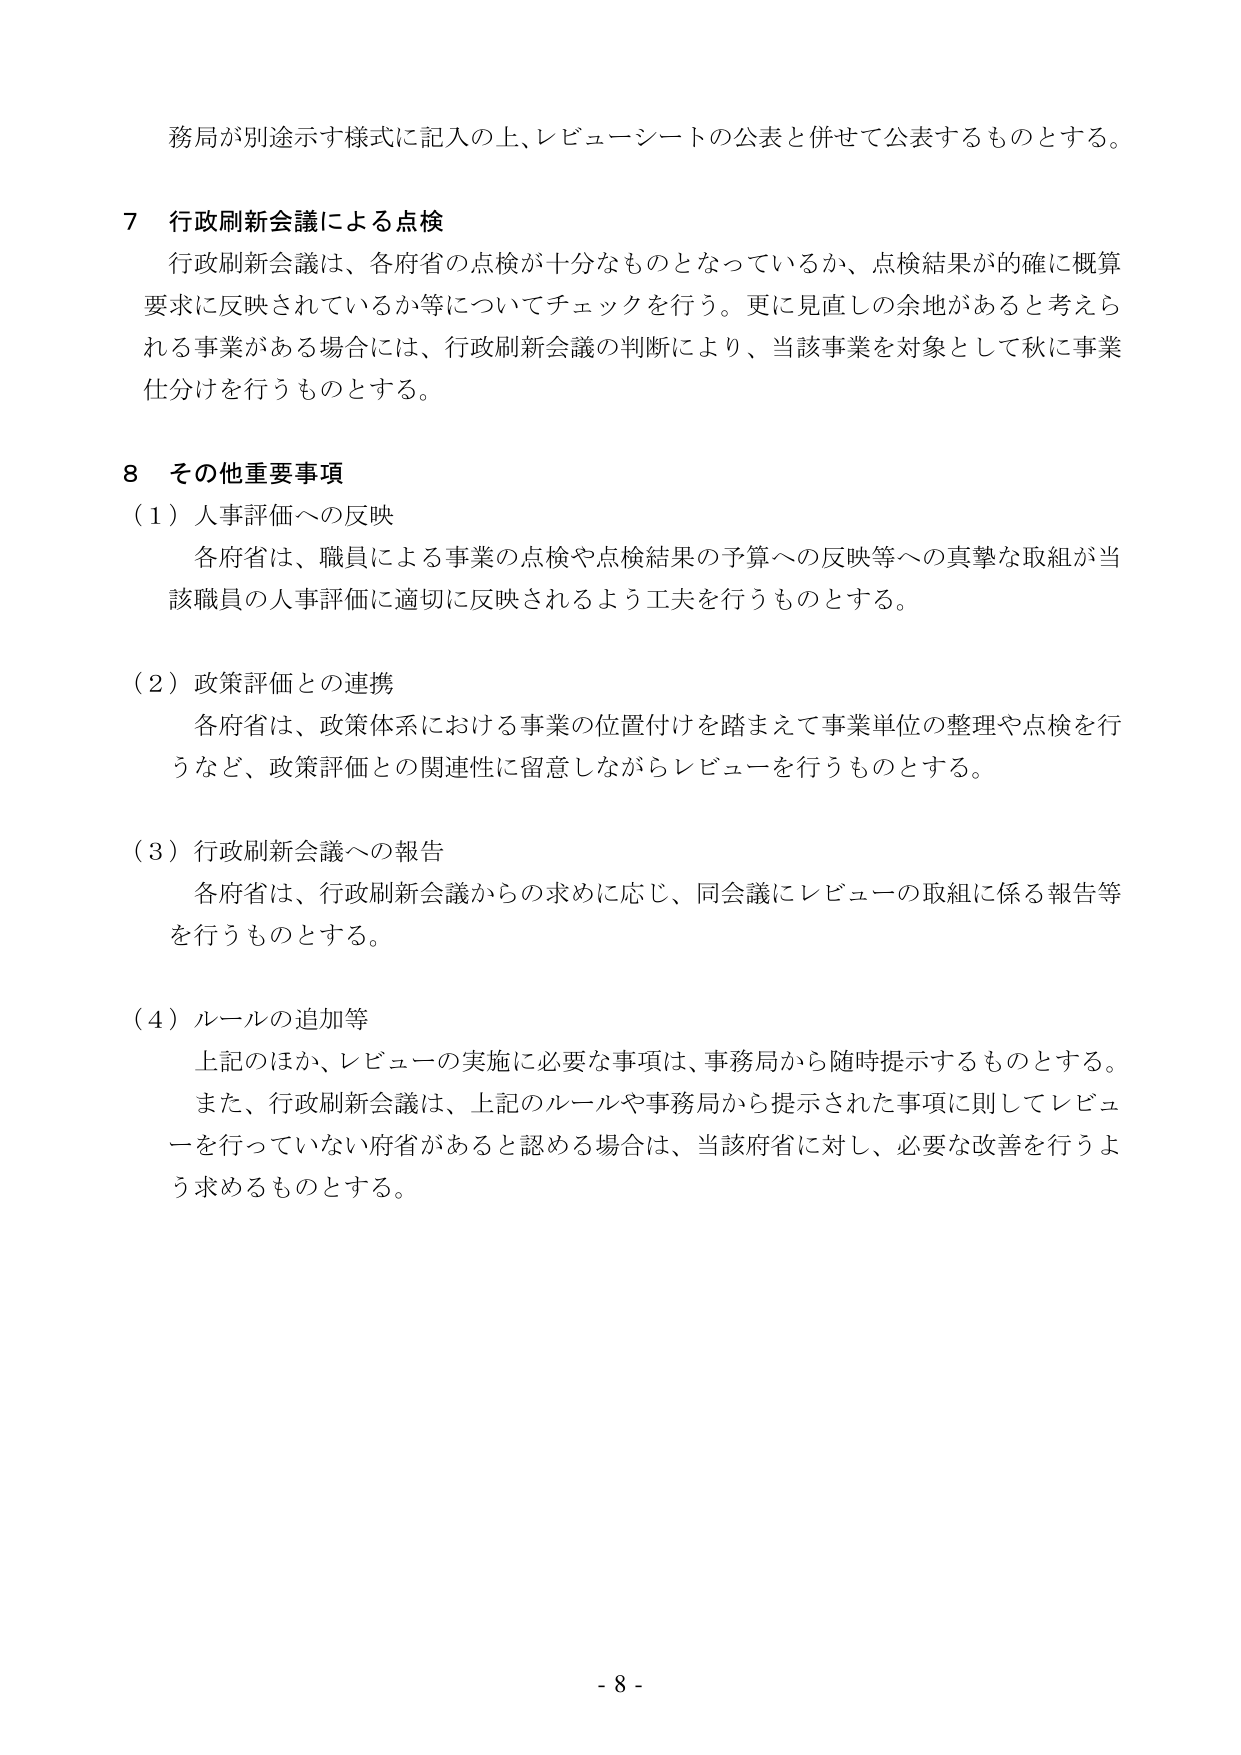
務局が別途示す様式に記入の上、レビューシートの公表と併せて公表するものとする。

７ 行政刷新会議による点検
行政刷新会議は、各府省の点検が十分なものとなっているか、点検結果が的確に概算
要求に反映されているか等についてチェックを行う。更に見直しの余地があると考えら
れる事業がある場合には、行政刷新会議の判断により、当該事業を対象として秋に事業
仕分けを行うものとする。

８ その他重要事項
（１）人事評価への反映
各府省は、職員による事業の点検や点検結果の予算への反映等への真摯な取組が当
該職員の人事評価に適切に反映されるよう工夫を行うものとする。

（２）政策評価との連携
各府省は、政策体系における事業の位置付けを踏まえて事業単位の整理や点検を行
うなど、政策評価との関連性に留意しながらレビューを行うものとする。

（３）行政刷新会議への報告
各府省は、行政刷新会議からの求めに応じ、同会議にレビューの取組に係る報告等
を行うものとする。

（４）ルールの追加等
上記のほか、レビューの実施に必要な事項は、事務局から随時提示するものとする。
また、行政刷新会議は、上記のルールや事務局から提示された事項に則してレビュ
ーを行っていない府省があると認める場合は、当該府省に対し、必要な改善を行うよ
う求めるものとする。

- 8 -